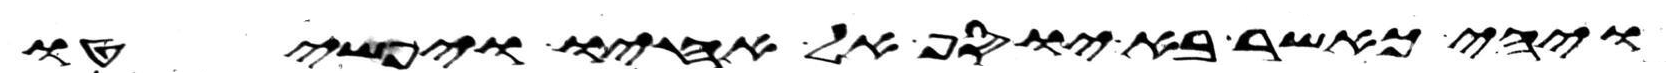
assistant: ויהי כאשר בא יוסף אל אחיו ויפשטו